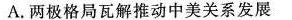
A.两极格局瓦解推动中美关系发展